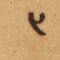
٣